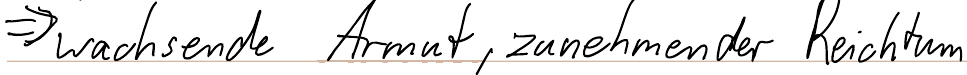
=> wachsende Armut, zunehmender Reichtum